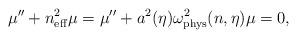
LaTeX: \begin{align*}\mu ''+n_{\rm eff}^2\mu =\mu ''+a^2(\eta )\omega ^2_{\rm phys}(n,\eta )\mu =0,\end{align*}